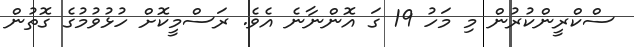
ސްކްރީންކުރުން މި މަހު 19 ގަ އޮންނާނެ އެވެ. ރަސްމީކޮށް ހުޅުވުމުގެ ގޮތުން